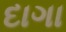
દાગા